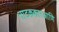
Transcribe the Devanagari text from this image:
नाटककारआणि